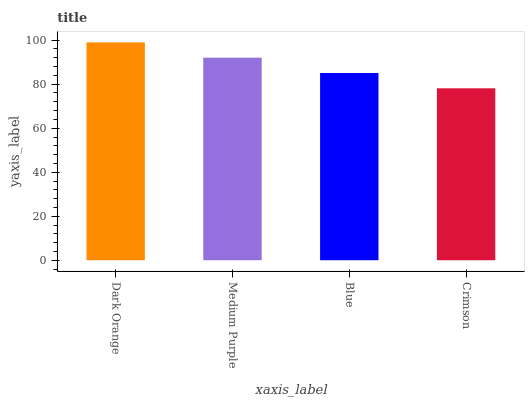
| xaxis_label | bars |
 | --- | --- |
 | Dark Orange | 99 |
 | Medium Purple | 92 |
 | Blue | 85.1 |
 | Crimson | 78.1 |